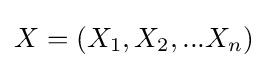
X=(X_{1},X_{2},...X_{n})